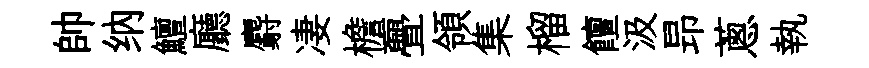
帥纳鱣廳麝凄檐亹領集榴饘汲昻蔥執